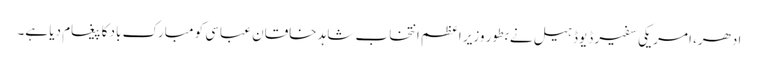
ادھر، امریکی سفیر ڈیوڈ ہیل نے بطور وزیر اعظم انتخاب شاہد خاقان عباسی کو مبارک باد کا پیغام دیا ہے۔